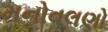
મનોવલણો